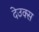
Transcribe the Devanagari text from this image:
देउक्स